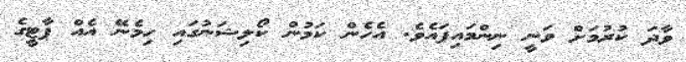
ވާދަ ކުރުމަށް ވަނީ ނިންމައިފައެވެ. އެހެން ކަމުން ކޯލިޝަނުގައި ހިމެނޭ އެއް ޕާޓީގެ